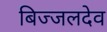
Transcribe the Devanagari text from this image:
बिज्जलदेव